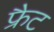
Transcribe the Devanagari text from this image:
फ्रैट